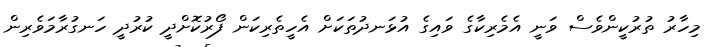
މިހާރު ތުރުކީންވެސް ވަނީ އެމެރިކާގެ ވައިގެ އުޅަނދުތަކަށް އެހީތެރިކަން ފޯރުކޮށްދީ ކުރުދީ ހަނގުރާމަވެރިން